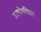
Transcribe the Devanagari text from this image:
उदयोगविहार